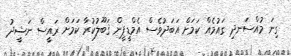
ގިނަ މުއްސަނދި ގައުމެއް ކަމަށް އަބަދުވެސް އެމްޑީޕީން ޤަބޫލުކުރާ ކަމަށް ރައީސް ނަޝީދު